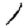
Digit: 1